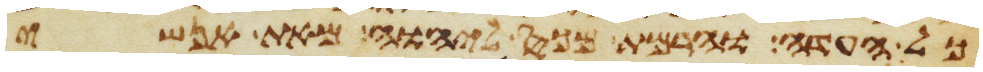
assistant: כל העדה והרמת מכס ליהוה מאת אנשי